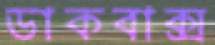
ডাকবাক্স